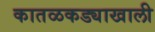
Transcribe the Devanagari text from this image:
कातळकड्याखाली